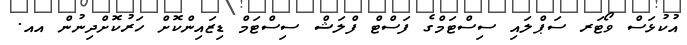
އުކުޅަސް ވޯޓަރ ސަޕްލައި ސިސްޓަމްގެ ފަސްޓް ފްލަޝް ސިސްޓަމް ޑިޒައިންކޮށް ހަރުކޮށްދިނުން އއ.